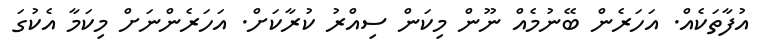
އުފާތަކެއް. އަހަރެން ބޭނުމެއް ނޫން މިކަން ސިއްރު ކުރާކަށް. އަހަރެންނަށް މިކަމާ އެކުގަ